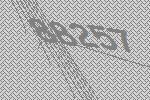
88257